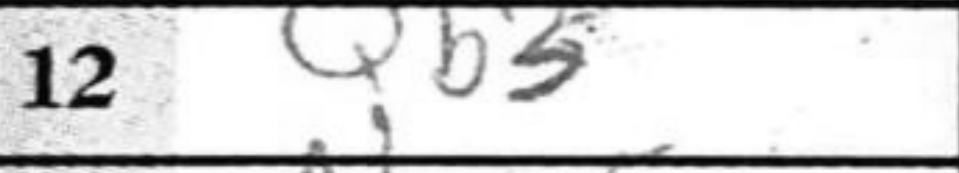
Transcription: Qb5